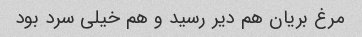
مرغ بریان هم دیر رسید و هم خیلی سرد بود